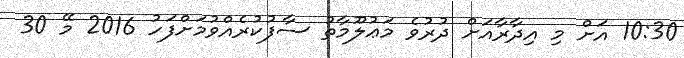
10:30 އަށް މި އިދާރާއަށް ދުރުވެ މަޢުލޫމާތު ސާފުކުރެއްވުމަށްފަހު 2016 މޭ 30